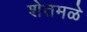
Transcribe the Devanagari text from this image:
शेतमळे